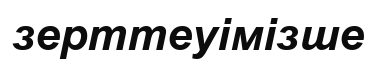
зерттеуімізше